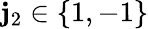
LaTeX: \mathbf{j}_{2}\in\{ 1,-1\}